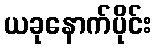
ယခုနောက်ပိုင်း